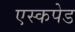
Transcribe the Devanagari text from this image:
एस्कपेड